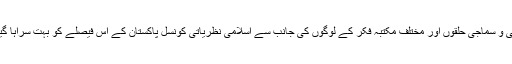
عوامی و سماجی حلقوں اور مختلف مکتبہ فکر کے لوگوں کی جانب سے اسلامی نظریاتی کونسل پاکستان کے اس فیصلے کو بہت سراہا گیا تھا۔